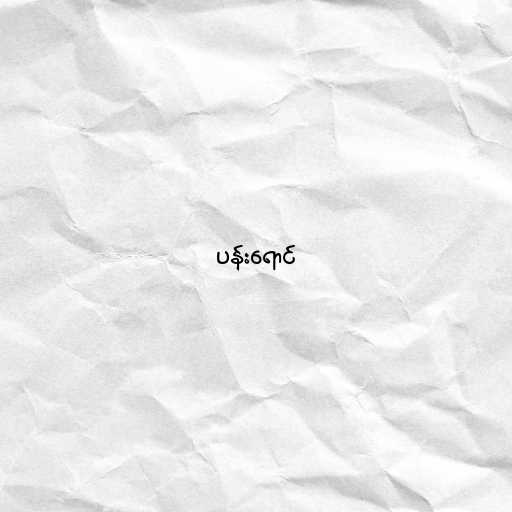
ပန်းရောင်